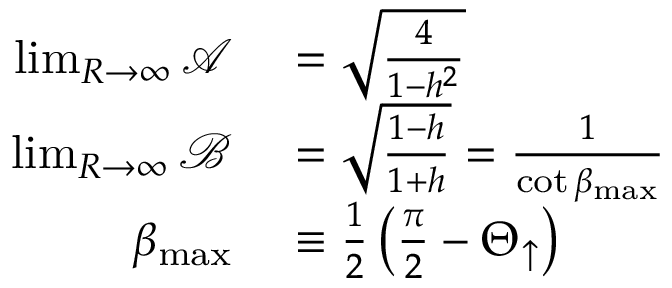
\begin{array} { r l } { \operatorname* { l i m } _ { R \rightarrow \infty } \mathcal { A } } & { { } = \sqrt { \frac { 4 } { 1 - h ^ { 2 } } } } \\ { \operatorname* { l i m } _ { R \rightarrow \infty } \mathcal { B } } & { { } = \sqrt { \frac { 1 - h } { 1 + h } } = \frac { 1 } { \cot { \beta _ { \mathrm { m a x } } } } } \\ { \beta _ { \mathrm { m a x } } } & { { } \equiv \frac { 1 } { 2 } \left( \frac { \pi } { 2 } - \Theta _ { \uparrow } \right) } \end{array}